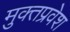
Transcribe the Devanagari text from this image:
मुक्तप्रवेश